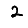
Digit: 2